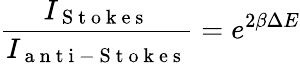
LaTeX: \frac{I_{\mathrm{~S~t~o~k~e~s~}}}{I_{\mathrm{~a~n~t~i~-~S~t~o~k~e~s~}}}=e^{2\beta\Delta E}